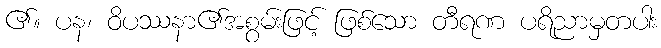
၏။ ပန၊ ဝိပဿနာ၏အစွမ်းဖြင့် ဖြစ်သော တီရဏ ပရိညာမှတပါး